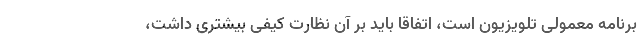
برنامه معمولی تلویزیون است، اتفاقا باید بر آن نظارت کیفی بیشتری داشت،